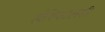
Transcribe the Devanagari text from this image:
हॉस्पिटलशी